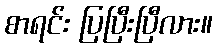
စာရင်း ပြပြီးပြီလား။